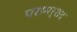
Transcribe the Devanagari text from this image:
परामर्शद